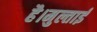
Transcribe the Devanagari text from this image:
है।मुल्ताई